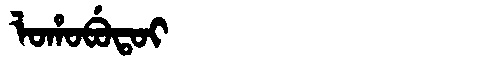
Manchu: ᠯᠣᡥᠣᠪᡠᡨᠣᡳ
Romanization: LOHOBUTOI